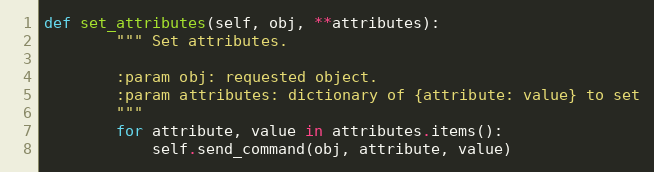
Language: Python
def set_attributes(self, obj, **attributes):
        """ Set attributes.

        :param obj: requested object.
        :param attributes: dictionary of {attribute: value} to set
        """
        for attribute, value in attributes.items():
            self.send_command(obj, attribute, value)